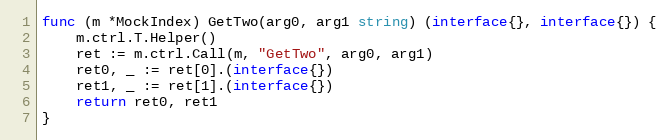
Language: Go
func (m *MockIndex) GetTwo(arg0, arg1 string) (interface{}, interface{}) {
	m.ctrl.T.Helper()
	ret := m.ctrl.Call(m, "GetTwo", arg0, arg1)
	ret0, _ := ret[0].(interface{})
	ret1, _ := ret[1].(interface{})
	return ret0, ret1
}